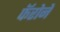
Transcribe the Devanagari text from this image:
फॅरोने